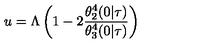
u = \Lambda \left( 1 - 2 \frac { \theta _ { 2 } ^ { 4 } ( 0 | \tau ) } { \theta _ { 3 } ^ { 4 } ( 0 | \tau ) } \right)